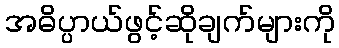
အဓိပ္ပာယ်ဖွင့်ဆိုချက်များကို